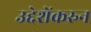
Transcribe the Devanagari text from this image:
उद्देशेंकरुन